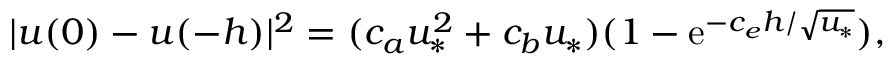
| \boldsymbol { u } ( 0 ) - \boldsymbol { u } ( - h ) | ^ { 2 } = ( c _ { a } u _ { * } ^ { 2 } + c _ { b } u _ { * } ) ( 1 - \mathrm { e } ^ { - c _ { e } h / \sqrt { u _ { * } } } ) ,